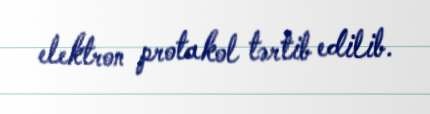
elektron protakol tərtib edilib.